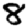
Digit: 8